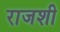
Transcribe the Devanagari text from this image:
राजशी